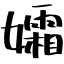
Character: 孀